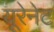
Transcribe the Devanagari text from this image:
यूरेनेट